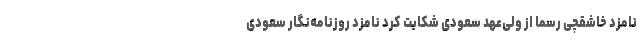
نامزد خاشقچی رسما از ولی‌عهد سعودی شکایت کرد نامزد روزنامه‌نگار سعودی